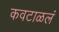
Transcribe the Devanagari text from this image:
कवटाळलं